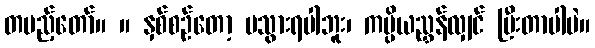
တပည့်တော်။ ။ နှစ်စဉ်တော့ မသွားရပါဘူး၊ ကပ္ပိယညွှန်လျှင် ပြီးတာပါပဲ။